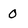
Character: 0